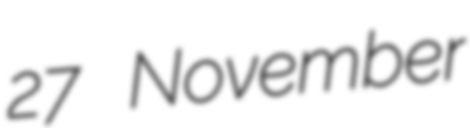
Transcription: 27 November